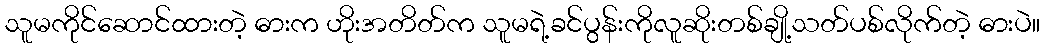
သူမကိုင်ဆောင်ထားတဲ့ ဓားက ဟိုးအတိတ်က သူမရဲ့ခင်ပွန်းကိုလူဆိုးတစ်ချို့သတ်ပစ်လိုက်တဲ့ ဓားပဲ။